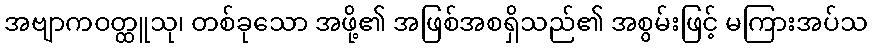
အဗျာကဝတ္ထူသု၊ တစ်ခုသော အဖို့၏ အဖြစ်အစရှိသည်၏ အစွမ်းဖြင့် မကြားအပ်သ